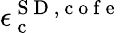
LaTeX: \epsilon_{\mathrm{~c~}}^{{\mathrm{~S~D~}},\mathrm{~c~o~f~e~}}